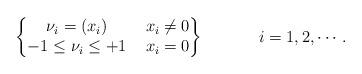
LaTeX: \begin{align*}\left\{\begin{matrix}{\nu_i = (x_i)} & ~ x_i \neq 0\\-1 \le \nu_i \le +1 & ~ x_i=0\end{matrix} \right\} ~~~~ ~~~ ~~~ i = 1,2,\cdots.\end{align*}